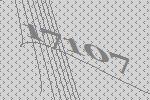
17107